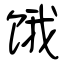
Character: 饿